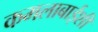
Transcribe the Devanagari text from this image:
कमलाबाईशी